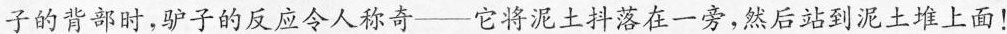
子的背部时，驴子的反应令人称奇——它将泥土抖落在一旁，然后站到泥土堆上面！